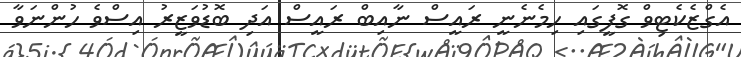
އެގްޒެކެޓިވް ގޮފީގައި ހިމެނެނީ ރައީސް ނާއިބް ރައީސް އަދި ބޮޑުވަޒީރު އިސްވެ ހުންނަވާ